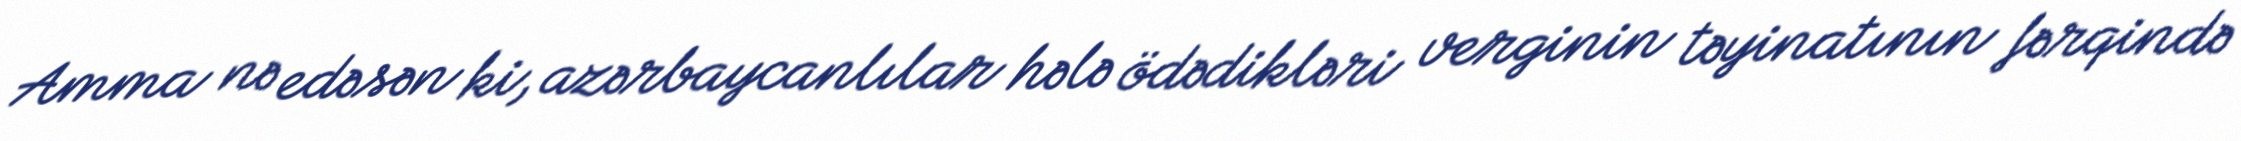
Amma nə edəsən ki, azərbaycanlılar hələ ödədikləri verginin təyinatının fərqində